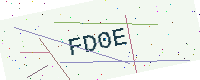
Text: FD0E